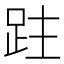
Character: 跓